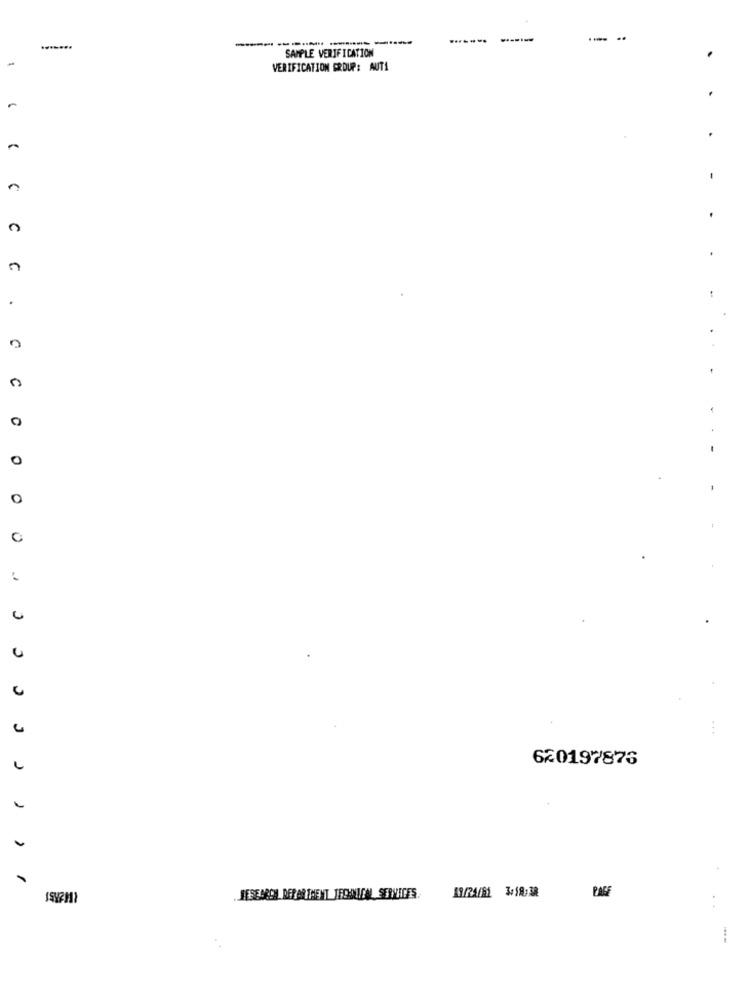
------------
-----.
---
..
.......
SAMPLE VERIFICATION
VERIFICATION ERDUP: AUTA
C
C
0
C
O
0
0
0
. . .
620197876
PAGE
RESE GRON DEPARTMENT JHONNICAL SERVICES.
..